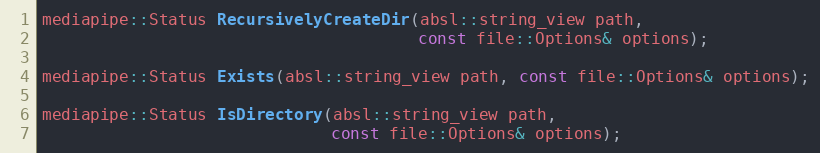
Language: C
mediapipe::Status RecursivelyCreateDir(absl::string_view path,
                                       const file::Options& options);

mediapipe::Status Exists(absl::string_view path, const file::Options& options);

mediapipe::Status IsDirectory(absl::string_view path,
                              const file::Options& options);